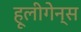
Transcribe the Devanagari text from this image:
हूलीगेन्स